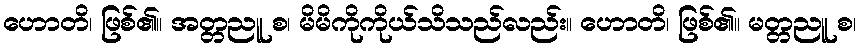
ဟောတိ၊ ဖြစ်၏။ အတ္တညူ စ၊ မိမိကိုကိုယ်သိသည်လည်း။ ဟောတိ၊ ဖြစ်၏။ မတ္တညူ စ၊